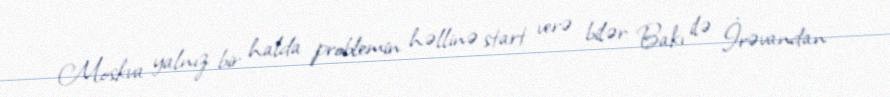
Moskva yalnız bir halda problemin həllinə start verə bilər: Bakı ilə İrəvandan